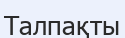
Талпақты